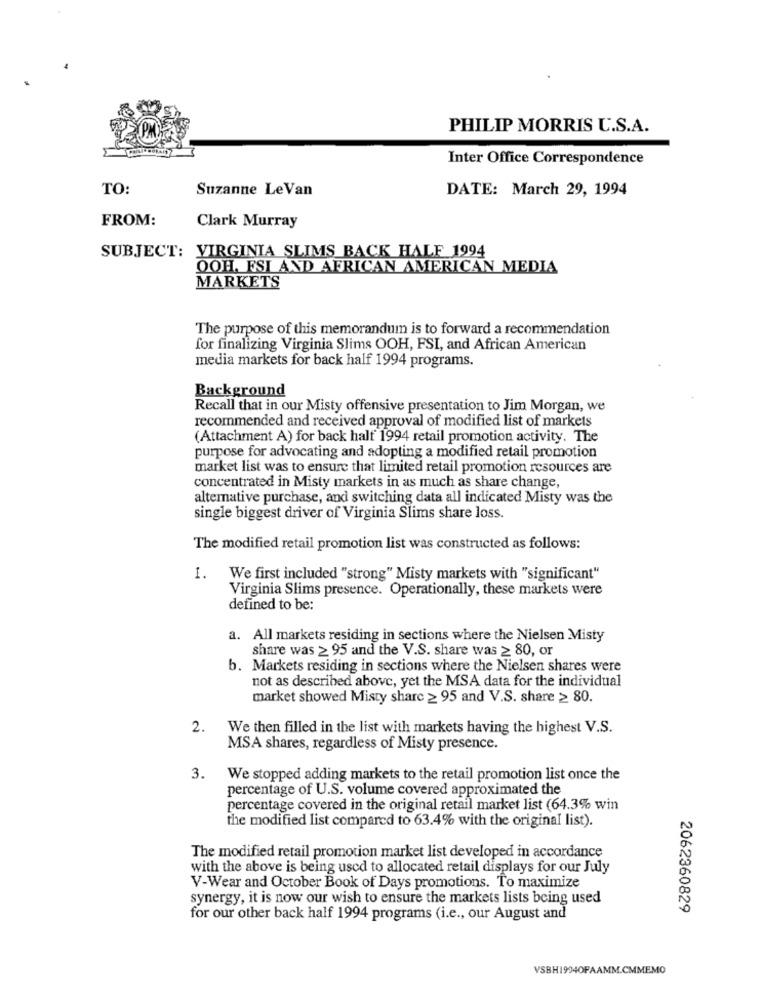
PHILIP MORRIS U.S.A.
Inter Office Correspondence
TO:
Suzanne LeVan
DATE: March 29, 1994
FROM:
Clark Murray
SUBJECT: VIRGINIA SLIMS BACK HALF 1994
OOH, FSI AND AFRICAN AMERICAN MEDIA
MARKETS
The purpose of this memorandum is to forward a recommendation
for finalizing Virginia Slims OOH, FSI, and African American
media markets for back half 1994 programs.
Background
Recall that in our Misty offensive presentation to Jim Morgan, we
recommended and received approval of modified list of markets
(Attachment A) for back half 1994 retail promotion activity. The
purpose for advocating and adopting a modified retail promotion
market list was to ensure that limited retail promotion resources are
concentrated in Misty markets in as much as share change,
altemative purchase, and switching data all indicated Misty was the
single biggest driver of Virginia Slims share loss.
The modified retail promotion list was constructed as follows:
1.
We first included "strong" Misty markets with "significant"
Virginia Slims presence. Operationally, these markets were
defined to be:
a. All markets residing in sections where the Nielsen Misty
share was ≥ 95 and the V.S. share was ≥ 80, or
b. Markets residing in sections where the Nielsen shares were
not as described above, yet the MSA data for the individual
market showed Misty share ≥ 95 and V.S. share ≥ 80.
2.
We then filled in the list with markets having the highest V.S.
MSA shares, regardless of Misty presence.
3.
We stopped adding markets to the retail promotion list once the
percentage of U.S. volume covered approximated the
percentage covered in the original retail market list (64.3% win
the modified list compared to 63.4% with the original list).
The modified retail promotion market list developed in accordance
with the above is being used to allocated retail displays for our July
V-Wear and October Book of Days promotions. To maximize
synergy, it is now our wish to ensure the markets lists being used
2062360829
for our other back half 1994 programs (i.e ., our August and
VSBH1994OFAAMM.CMMEMO